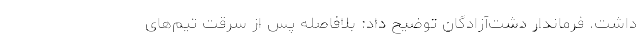
داشت. فرماندار دشت‌آزادگان توضیح داد: بلافاصله پس از سرقت تیم‌های